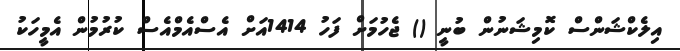
އިލެކްޝަންސް ކޮމިޝަނުން ބުނީ () ޖެހުމަށް ފަހު 1414އަށް އެސްއެމްއެސް ކުރުމުން އެމީހަކު